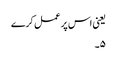
یعنی اس پر عمل کرے
۵۔